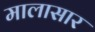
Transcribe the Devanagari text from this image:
मालासार